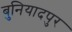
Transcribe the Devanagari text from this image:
बुनियादपुर